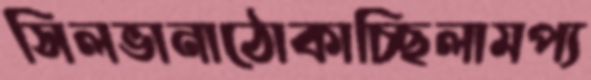
সিলভানাঠোকাচ্ছিলামপ্য